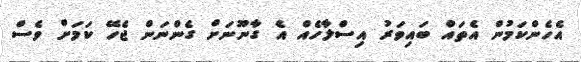
އެހެންކަމުން އެތައް ބައިވަރު އިސްލާހެއް އެ ގާނޫނަށް ގެންނަން ޖެހޭ ކަމަށް ވެސް